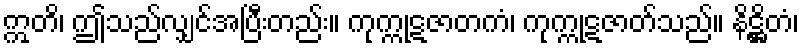
ဣတိ၊ ဤသည်လျှင်အပြီးတည်း။ ကုက္ကုဋဇာတကံ၊ ကုက္ကုဋဇာတ်သည်။ နိဋ္ဌိတံ၊